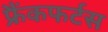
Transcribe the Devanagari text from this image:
फ्रैंकफर्टस